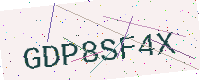
Text: GDP8SF4X